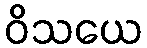
ဝိသယေ